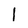
Character: 1